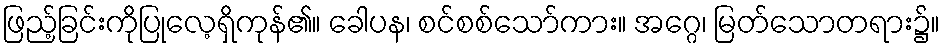
ဖြည့်ခြင်းကိုပြုလေ့ရှိကုန်၏။ ခေါပန၊ စင်စစ်သော်ကား။ အဂ္ဂေ၊ မြတ်သောတရား၌။